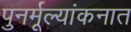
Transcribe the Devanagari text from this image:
पुनर्मूल्यांकनात